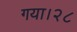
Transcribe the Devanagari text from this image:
गया।२८